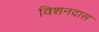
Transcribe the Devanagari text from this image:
विशनदास